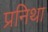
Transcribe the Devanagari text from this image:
प्रनिथा